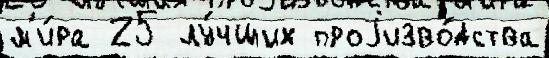
м'и́ра 25 лу́чших проjизво́дства